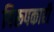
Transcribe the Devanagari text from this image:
विरूपकारी